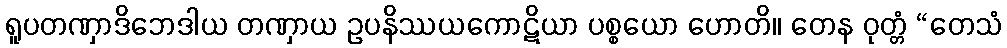
ရူပတဏှာဒိဘေဒါယ တဏှာယ ဥပနိဿယကောဋိယာ ပစ္စယော ဟောတိ။ တေန ဝုတ္တံ “တေသံ